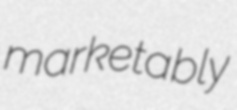
marketably